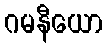
ဂမနီယော